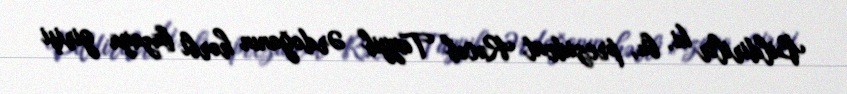
Bildirilir ki, bu, prezident Rəcəb Tayyib Ərdoğanın hərbi bazaya girişi